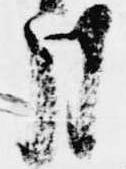
月